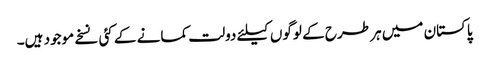
پاکستان میں ہر طرح کے لوگوں کیلئے دولت کمانے کے کئی نسخے موجود ہیں۔